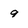
Character: 9